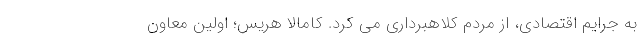
به جرایم اقتصادی، از مردم کلاهبرداری می کرد. کامالا هریس؛ اولین معاون